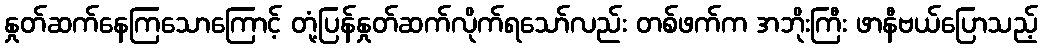
နှုတ်ဆက်နေကြသောကြောင့် တုံ့ပြန်နှုတ်ဆက်လိုက်ရသော်လည်း တစ်ဖက်က အဘိုးကြီး ဖာနီဗယ်ပြောသည့်